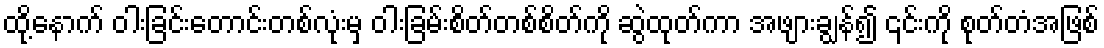
ထို့နောက် ဝါးခြင်းတောင်းတစ်လုံးမှ ဝါးခြမ်းစိတ်တစ်စိတ်ကို ဆွဲထုတ်ကာ အဖျားချွန်၍ ၎င်းကို စုတ်တံအဖြစ်